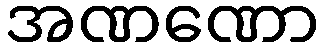
အဏဏော